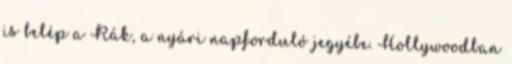
is belép a Rák, a nyári napforduló jegyébe. Hollywoodban